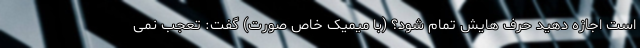
است اجازه دهید حرف هایش تمام شود؟ (با میمیک خاص صورت) گفت: تعجب نمی